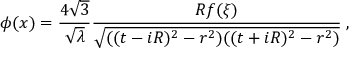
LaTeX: \phi ( x ) = \frac { 4 \sqrt { 3 } } { \sqrt { \lambda } } \frac { R f ( \xi ) } { \sqrt { ( ( t - i R ) ^ { 2 } - r ^ { 2 } ) ( ( t + i R ) ^ { 2 } - r ^ { 2 } ) } } \; ,